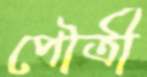
পৌত্রী